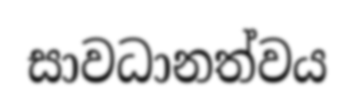
සාවධානත්වය